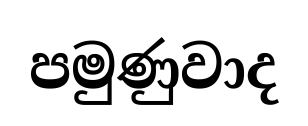
පමුණුවාද